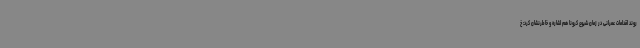
روند اقدامات عمرانی در زمان شیوع کرونا هم اشاره و خاطرنشان کرد: خ